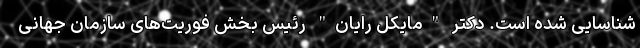
شناسایی شده است. دکتر "مایکل رایان" رئیس بخش فوریت‌های سازمان جهانی